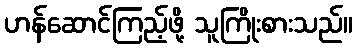
ဟန်ဆောင်ကြည့်ဖို့ သူကြိုးစားသည်။